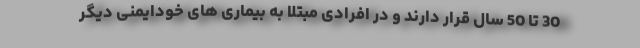
30 تا 50 سال قرار دارند و در افرادی مبتلا به بیماری های خودایمنی دیگر